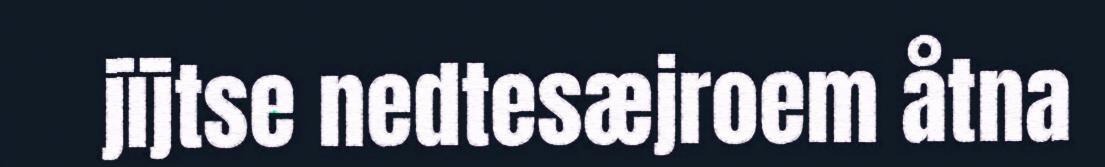
jïjtse nedtesæjroem åtna